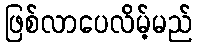
ဖြစ်လာပေလိမ့်မည်